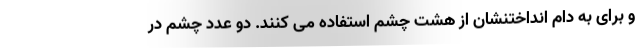
و برای به دام انداختنشان از هشت چشم استفاده می کنند. دو عدد چشم در